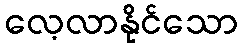
လေ့လာနိုင်သော